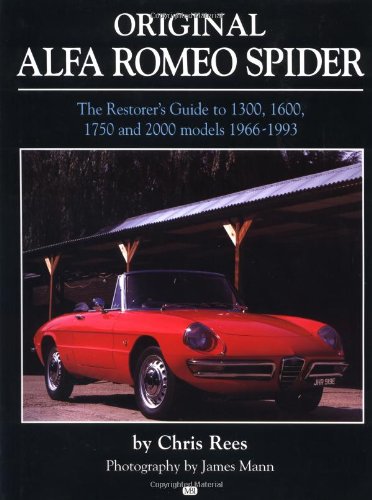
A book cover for Original Alfa Spider (Original Series); Chris Rees; Engineering & Transportation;